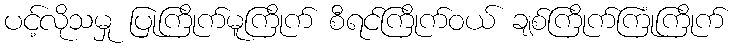
ပင့်လိုသမှု ပြုကြိုက်မူကြိုက် စီရင်ကြိုက်ဝယ် ချစ်ကြိုက်ကြုံကြိုက်